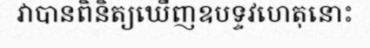
វាបានពិនិត្យឃើញឧបទ្ទវហេតុនោះ